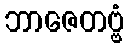
ဘာဇေတဗ္ဗံ